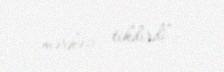
mərkəzi tikdirdi”.